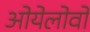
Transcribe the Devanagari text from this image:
ओयेलोवो